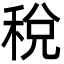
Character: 稅